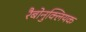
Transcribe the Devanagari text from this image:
रैबोनुक्लियक